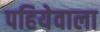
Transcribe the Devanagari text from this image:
पहियेवाला